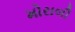
મોરાલી